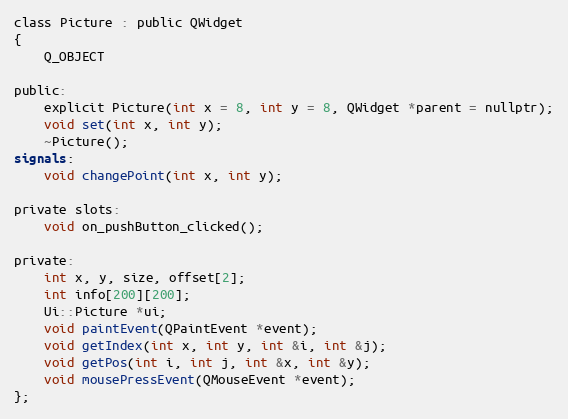
Language: C
class Picture : public QWidget
{
    Q_OBJECT

public:
    explicit Picture(int x = 8, int y = 8, QWidget *parent = nullptr);
    void set(int x, int y);
    ~Picture();
signals:
    void changePoint(int x, int y);

private slots:
    void on_pushButton_clicked();

private:
    int x, y, size, offset[2];
    int info[200][200];
    Ui::Picture *ui;
    void paintEvent(QPaintEvent *event);
    void getIndex(int x, int y, int &i, int &j);
    void getPos(int i, int j, int &x, int &y);
    void mousePressEvent(QMouseEvent *event);
};